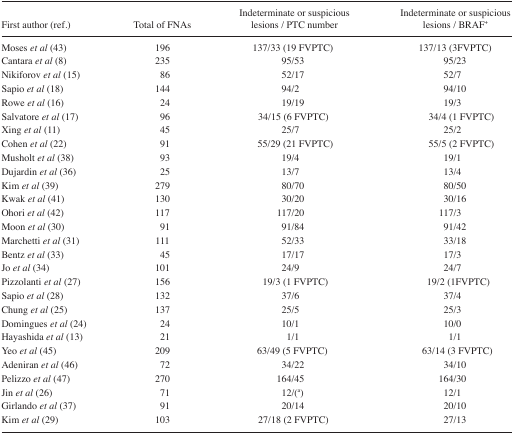
<table><thead><tr><td><b>First author (ref.)</b></td><td><b>Total of FNAs</b></td><td><b>Indeterminate or suspicious lesions / PTC number</b></td><td><b>Indeterminate or suspicious lesions / BRAF<sup>+</sup></b></td></tr></thead><tbody><tr><td>Moses <i>et al</i> (43)</td><td>196</td><td>137/33 (19 FVPTC)</td><td>137/13 (3FVPTC)</td></tr><tr><td>Cantara <i>et al</i> (8)</td><td>235</td><td>95/53</td><td>95/23</td></tr><tr><td>Nikiforov <i>et al</i> (15)</td><td>86</td><td>52/17</td><td>52/7</td></tr><tr><td>Sapio <i>et al</i> (18)</td><td>144</td><td>94/2</td><td>94/10</td></tr><tr><td>Rowe <i>et al</i> (16)</td><td>24</td><td>19/19</td><td>19/3</td></tr><tr><td>Salvatore <i>et al</i> (17)</td><td>96</td><td>34/15 (6 FVPTC)</td><td>34/4 (1 FVPTC)</td></tr><tr><td>Xing <i>et al</i> (11)</td><td>45</td><td>25/7</td><td>25/2</td></tr><tr><td>Cohen <i>et al</i> (22)</td><td>91</td><td>55/29 (21 FVPTC)</td><td>55/5 (2 FVPTC)</td></tr><tr><td>Musholt <i>et al</i> (38)</td><td>93</td><td>19/4</td><td>19/1</td></tr><tr><td>Dujardin <i>et al</i> (36)</td><td>25</td><td>13/7</td><td>13/4</td></tr><tr><td>Kim <i>et al</i> (39)</td><td>279</td><td>80/70</td><td>80/50</td></tr><tr><td>Kwak <i>et al</i> (41)</td><td>130</td><td>30/20</td><td>30/16</td></tr><tr><td>Ohori <i>et al</i> (42)</td><td>117</td><td>117/20</td><td>117/3</td></tr><tr><td>Moon <i>et al</i> (30)</td><td>91</td><td>91/84</td><td>91/42</td></tr><tr><td>Marchetti <i>et al</i> (31)</td><td>111</td><td>52/33</td><td>33/18</td></tr><tr><td>Bentz <i>et al</i> (33)</td><td>45</td><td>17/17</td><td>17/3</td></tr><tr><td>Jo <i>et al</i> (34)</td><td>101</td><td>24/9</td><td>24/7</td></tr><tr><td>Pizzolanti <i>et al</i> (27)</td><td>156</td><td>19/3 (1 FVPTC)</td><td>19/2 (1FVPTC)</td></tr><tr><td>Sapio <i>et al</i> (28)</td><td>132</td><td>37/6</td><td>37/4</td></tr><tr><td>Chung <i>et al</i> (25)</td><td>137</td><td>25/5</td><td>25/3</td></tr><tr><td>Domingues <i>et al</i> (24)</td><td>24</td><td>10/1</td><td>10/0</td></tr><tr><td>Hayashida <i>et al</i> (13)</td><td>21</td><td>1/1</td><td>1/1</td></tr><tr><td>Yeo <i>et al</i> (45)</td><td>209</td><td>63/49 (5 FVPTC)</td><td>63/14 (3 FVPTC)</td></tr><tr><td>Adeniran <i>et al</i> (46)</td><td>72</td><td>34/22</td><td>34/10</td></tr><tr><td>Pelizzo <i>et al</i> (47)</td><td>270</td><td>164/45</td><td>164/30</td></tr><tr><td>Jin <i>et al</i> (26)</td><td>71</td><td>12/(<sup>a</sup>)</td><td>12/1</td></tr><tr><td>Girlando <i>et al</i> (37)</td><td>91</td><td>20/14</td><td>20/10</td></tr><tr><td>Kim <i>et al</i> (29)</td><td>103</td><td>27/18 (2 FVPTC)</td><td>27/13</td></tr></tbody></table>